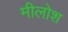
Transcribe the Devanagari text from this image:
मीलोश